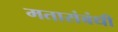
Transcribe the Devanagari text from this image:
मतासंबंधी